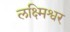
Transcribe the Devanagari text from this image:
लक्ष्मिश्वर